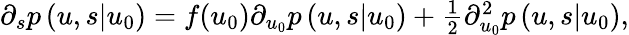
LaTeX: \begin{array}{r}{\partial_{s}p\left(\left.u,s\right|u_{0}\right)=f(u_{0})\partial_{u_{0}}p\left(\left.u,s\right|u_{0}\right)+\frac{1}{2}\partial_{u_{0}}^{2}p\left(\left.u,s\right|u_{0}\right),}\end{array}